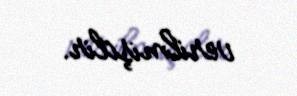
verilmişdir.